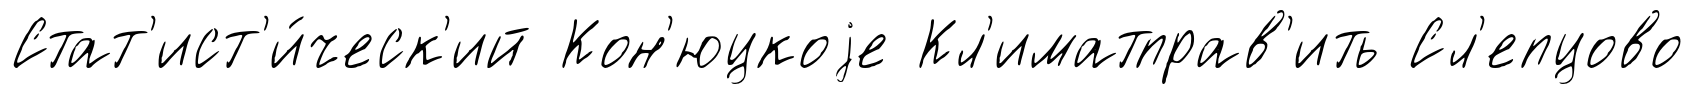
Стат'ист'и́ческ'ий Кон'юцкоjе Кл'иматправ'ить Сл'епцово